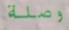
وصلة